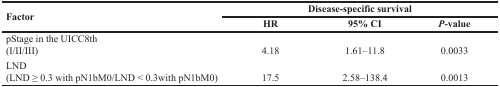
| <ROWSPAN=2> Factor | <COLSPAN=3> Disease-specific survival |
 | HR | 95% CI | P-value |
 | --- | --- | --- | --- |
 | pStage in the UICC8th(I/II/III) | 4.18 | >1.61–11.8 | 0.0033 |
 | LND(LND ≥ 0.3 with pN1bM0/LND < 0.3with pN1bM0) | 17.5 | 2.58–138.4 | 0.0013 |